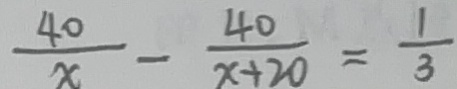
\frac { 4 0 } { x } - \frac { 4 0 } { x + 2 0 } = \frac { 1 } { 3 }